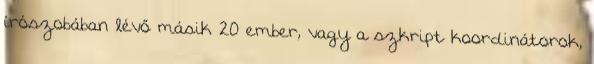
írószobában lévő másik 20 ember, vagy a szkript koordinátorok,